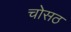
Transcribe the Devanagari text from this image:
चोसठ